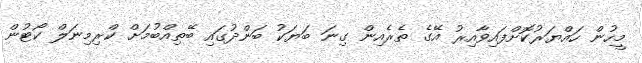
މީހުން ހައްޔަރުކޮށްފައިވާއިރު އޭގެ ތެރެއިން ގިނަ ބަޔަކު ބަންދުގައި ބޭތިއްބުމަށް ކްރިމިނަލް ކޯޓުން